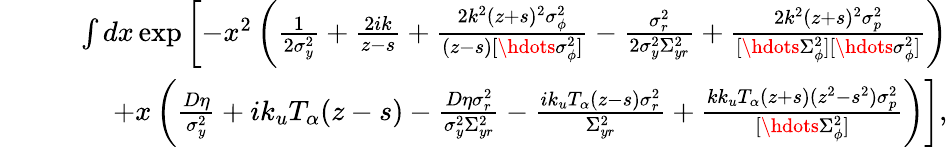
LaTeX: \begin{array}{rlr}&{}&{\int dx\exp\left[-x^{2}\left(\frac{1}{2\sigma_{y}^{2}}+\frac{2ik}{z-s}+\frac{2k^{2}(z+s)^{2}\sigma_{\phi}^{2}}{(z-s)[\hdots\sigma_{\phi}^{2}]}-\frac{\sigma_{r}^{2}}{2\sigma_{y}^{2}\Sigma_{yr}^{2}}+\frac{2k^{2}(z+s)^{2}\sigma_{p}^{2}}{[\hdots\Sigma_{\phi}^{2}][\hdots\sigma_{\phi}^{2}]}\right)\right.}\\ &{}&{\qquad\left.+x\left(\frac{D\eta}{\sigma_{y}^{2}}+ik_{u}T_{\alpha}(z-s)-\frac{D\eta\sigma_{r}^{2}}{\sigma_{y}^{2}\Sigma_{yr}^{2}}-\frac{ik_{u}T_{\alpha}(z-s)\sigma_{r}^{2}}{\Sigma_{yr}^{2}}+\frac{kk_{u}T_{\alpha}(z+s)(z^{2}-s^{2})\sigma_{p}^{2}}{[\hdots\Sigma_{\phi}^{2}]}\right)\right],}\end{array}